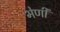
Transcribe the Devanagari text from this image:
भेणी